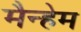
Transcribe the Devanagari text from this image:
मैन्हेम